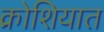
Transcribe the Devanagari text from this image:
क्रोशियात